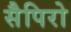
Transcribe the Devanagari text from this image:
सैपिरो